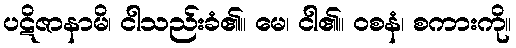
ပဋိဇာနာမိ၊ ငါသည်းခံ၏။ မေ၊ ငါ၏။ ဝစနံ၊ စကားကို။